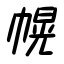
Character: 幌